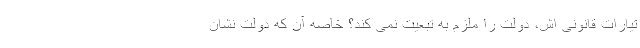
تیارات قانونی اش، دولت را ملزم به تبعیت نمی کند؟ خاصه آن که دولت نشان